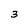
Character: 3